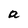
Character: a